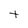
Character: t